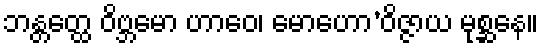
ဘန္တတ္ထေ ဝိဗ္ဘမော ဟာဝေ၊ မောဟော’ဝိဇ္ဇာယ မုစ္ဆနေ။